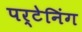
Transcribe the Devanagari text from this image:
पर्टेनिंग